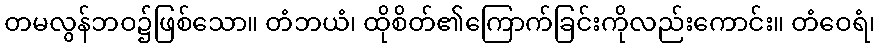
တမလွန်ဘဝ၌ဖြစ်သော။ တံဘယံ၊ ထိုစိတ်၏ကြောက်ခြင်းကိုလည်းကောင်း။ တံဝေရံ၊